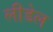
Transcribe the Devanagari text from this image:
लीडेल